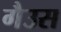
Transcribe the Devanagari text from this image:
गैउस